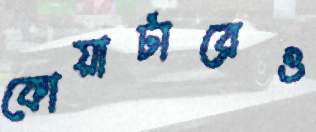
কোয়ার্টারেও